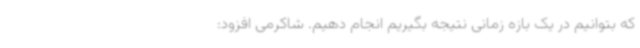
که بتوانیم در یک بازه زمانی نتیجه بگیریم انجام دهیم. شاکرمی افزود: